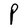
Character: P